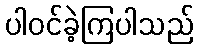
ပါဝင်ခဲ့ကြပါသည်